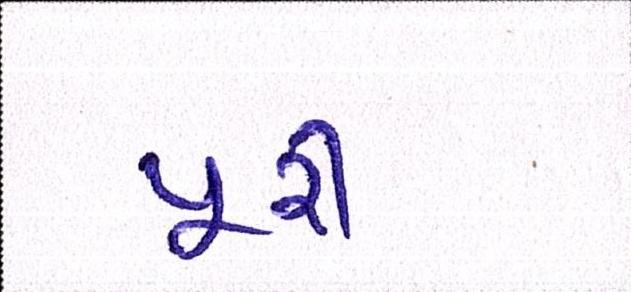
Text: પુરી